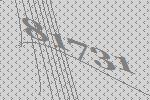
81731